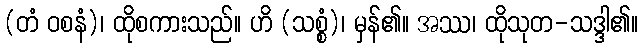
(တံ ဝစနံ)၊ ထိုစကားသည်။ ဟိ (သစ္စံ)၊ မှန်၏။ အဿ၊ ထိုသုတ-သဒ္ဒါ၏။